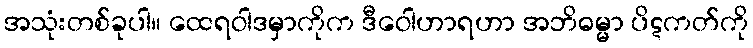
အသုံးတစ်ခုပါ။ ထေရဝါဒမှာကိုက ဒီဝေါဟာရဟာ အဘိဓမ္မာ ပိဋကတ်ကို